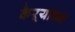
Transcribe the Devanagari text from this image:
कैऱ्यांच्या